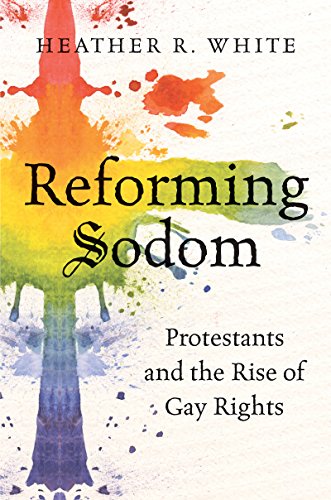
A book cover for Reforming Sodom: Protestants and the Rise of Gay Rights; Heather Rachelle White; Gay & Lesbian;